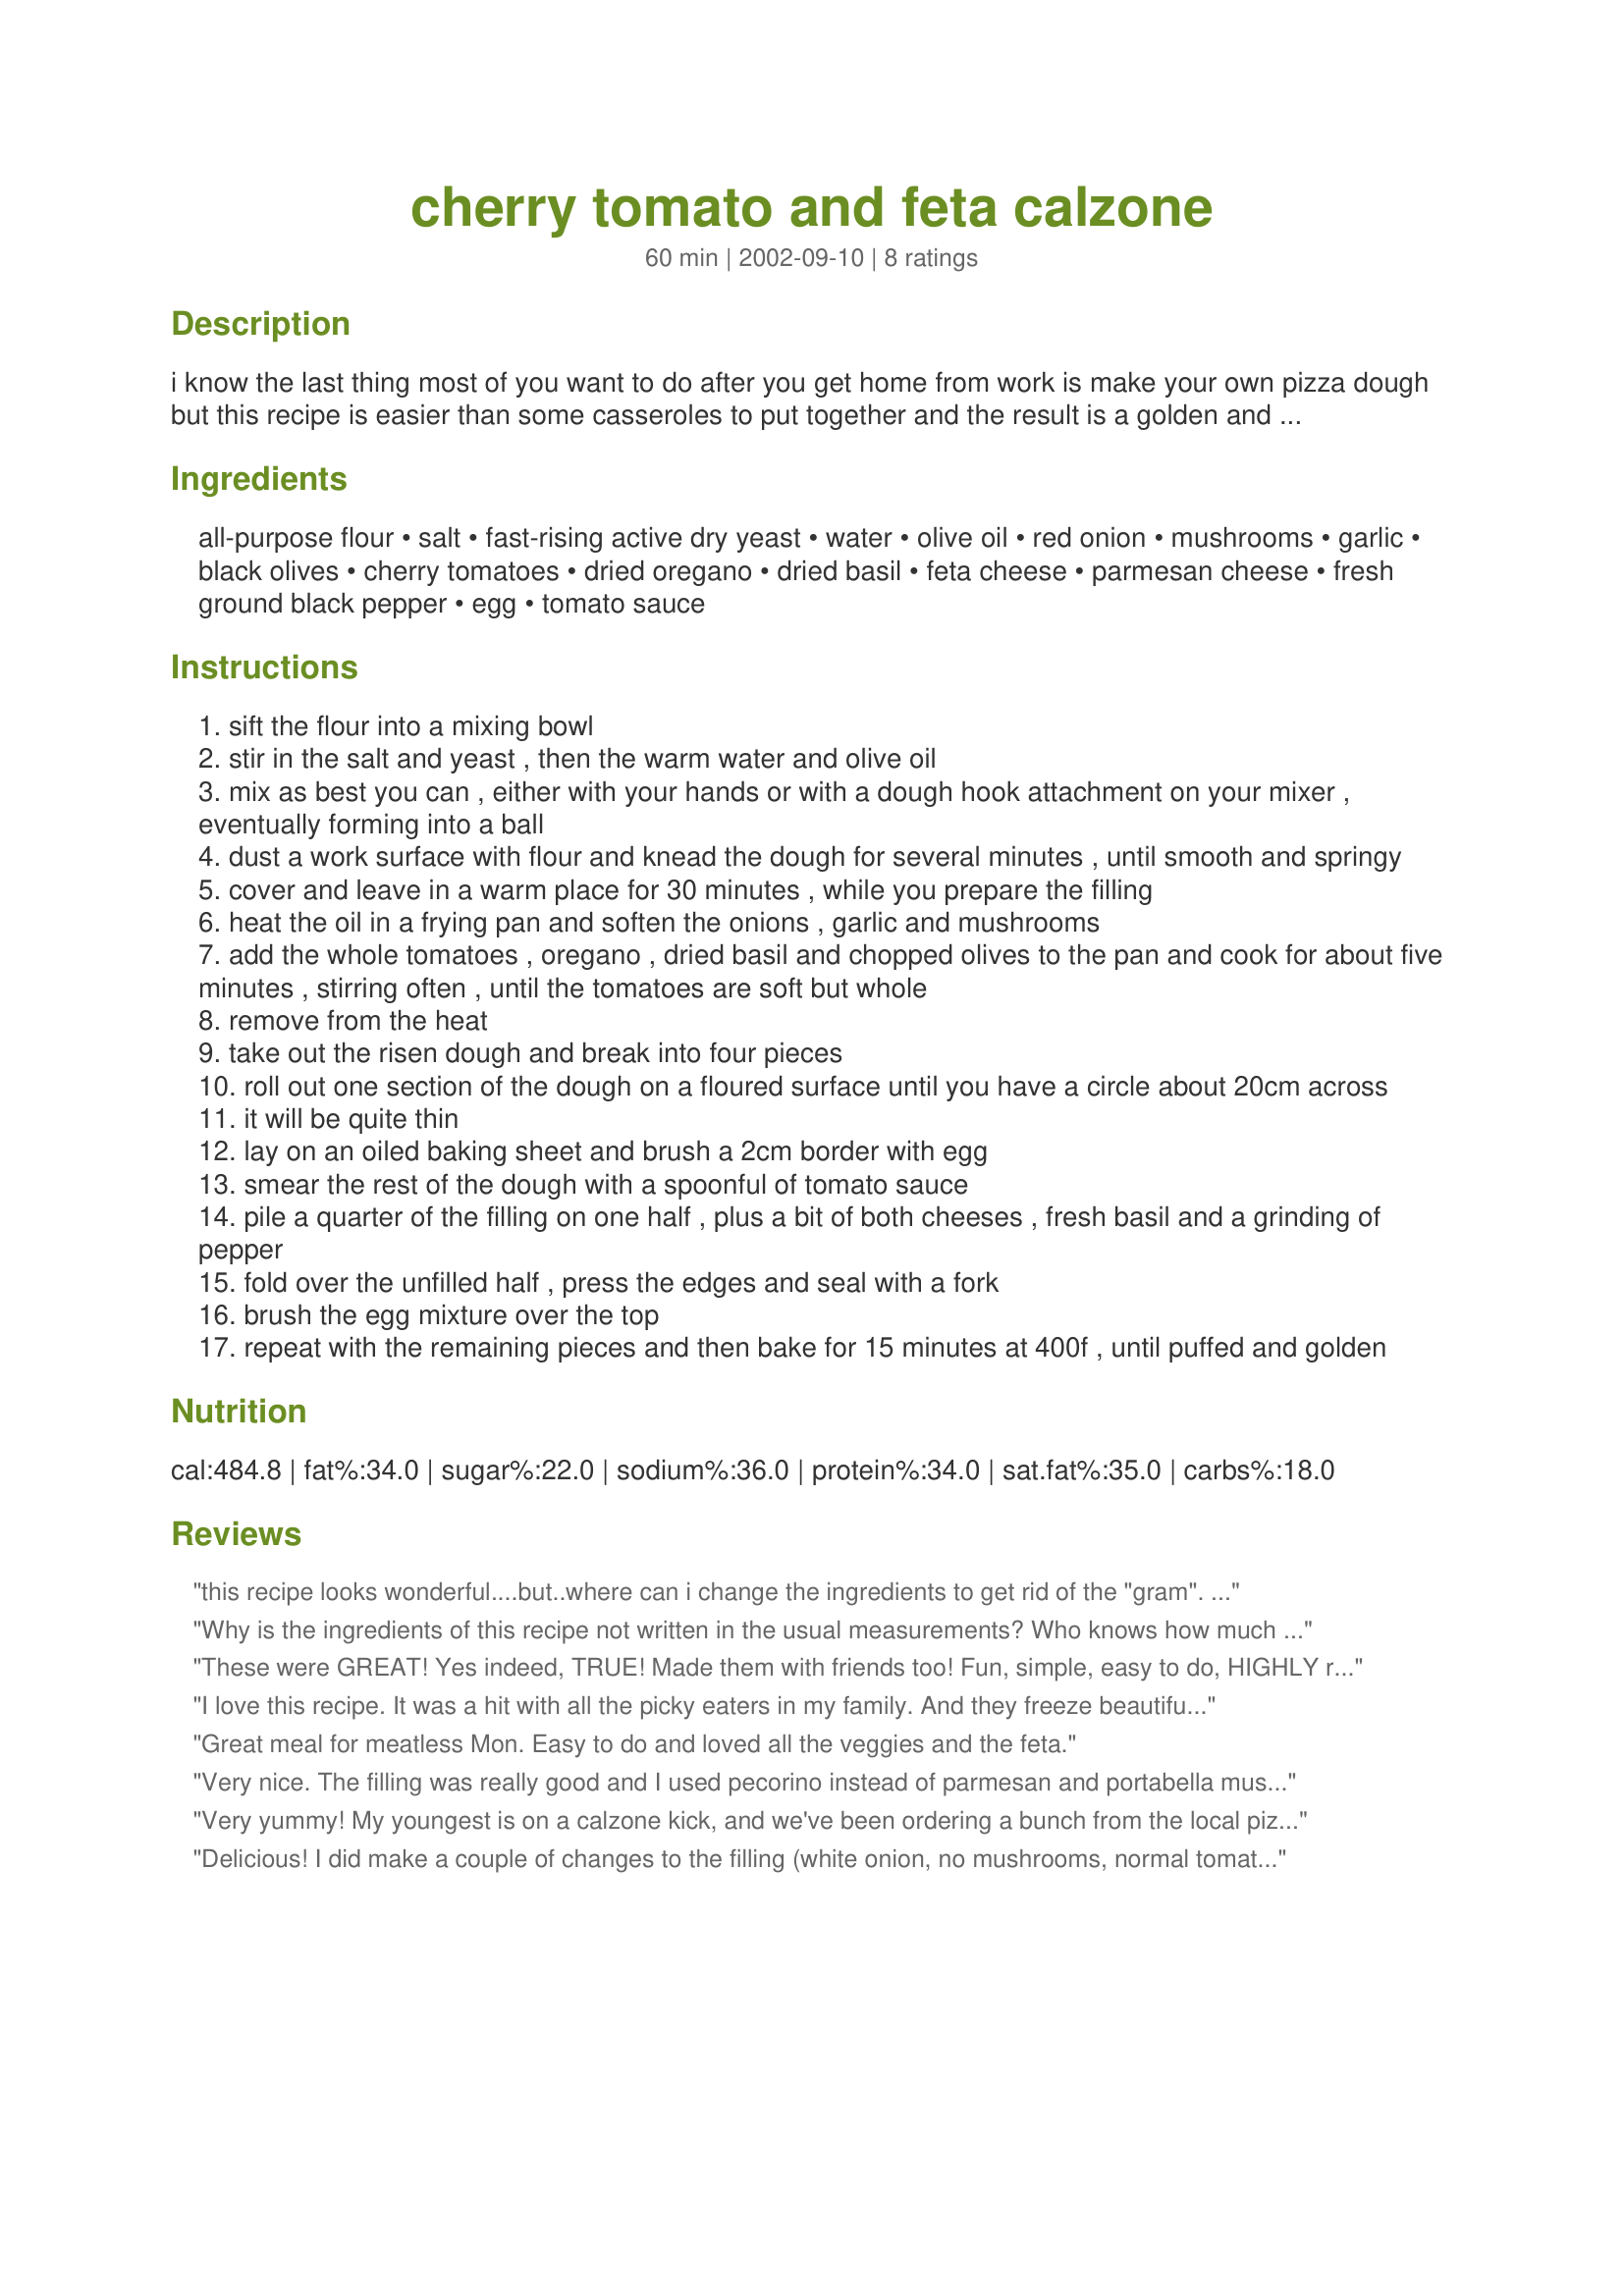
cherry tomato and feta calzone
Preparation time: 60 minutes

i know the last thing most of you want to do after you get home from work is make your own pizza dough but this recipe is easier than some casseroles to put together and the result is a golden and light filled pizza that looks and tastes wonderful. if you're not crazy over feta cheese, you can substitute mozzarella.

Ingredients:
all-purpose flour, salt, fast-rising active dry yeast, water, olive oil, red onion, mushrooms, garlic, black olives, cherry tomatoes, dried oregano, dried basil, feta cheese, parmesan cheese, fresh ground black pepper, egg, tomato sauce

Steps:
sift the flour into a mixing bowl
stir in the salt and yeast , then the warm water and olive oil
mix as best you can , either with your hands or with a dough hook attachment on your mixer , eventually forming into a ball
dust a work surface with flour and knead the dough for several minutes , until smooth and springy
cover and leave in a warm place for 30 minutes , while you prepare the filling
heat the oil in a frying pan and soften the onions , garlic and mushrooms
add the whole tomatoes , oregano , dried basil and chopped olives to the pan and cook for about five minutes , stirring often , until the tomatoes are soft but whole
remove from the heat
take out the risen dough and break into four pieces
roll out one section of the dough on a floured surface until you have a circle about 20cm across
it will be quite thin
lay on an oiled baking sheet and brush a 2cm border with egg
smear the rest of the dough with a spoonful of tomato sauce
pile a quarter of the filling on one half , plus a bit of both cheeses , fresh basil and a grinding of pepper
fold over the unfilled half , press the edges and seal with a fork
brush the egg mixture over the top
repeat with the remaining pieces and then bake for 15 minutes at 400f , until puffed and golden

Reviews:
this recipe looks wonderful....but..where can i change the ingredients to get rid of the "gram". You had this feature on the old site...??
Why is the ingredients of this recipe not written in the usual measurements? Who knows how much 225g of flour is, or 7g of yeast, 150ml of water, or 25ml of olive oil?
These were GREAT! Yes indeed, TRUE!
Made them with friends too!
Fun, simple, easy to do,
HIGHLY recommended from me to YOU!
I love this recipe. It was a hit with all the picky eaters in my family. And they freeze beautifully.

For those people who need the conversion, by the prep time by the title, there is a link that says "Change Servings" when you click it, there will be the option to change it to US from Metric.
Great meal for meatless Mon. Easy to do and loved all the veggies and the feta.
Very nice. The filling was really good and I used pecorino instead of parmesan and portabella mushrooms. The crust was crispy while hot but it was soggy when cold. Maybe I will try this again with another crust...
Very yummy! My youngest is on a calzone kick, and we've been ordering a bunch from the local pizzaria, freezing them and defrosting one each time she gets a craving (about twice a day). I decided it's time to take matters into my own hands and make up a bunch at home. The dough is very easy to make, and the directions for actually constructing the calzone are easy to follow. We did get a little spillage, but that's my fault, we like a full calzone. I made several variations, including my daughter's favorite, mozzarella chesse with green olives. I'm going to be making this a lot in the future. I made a quadruple recipe two days ago, and it's all gone already! Thanks Friedel, and Adiya says thanks, too!
Delicious! I did make a couple of changes to the filling (white onion, no mushrooms, normal tomatoes) but I'm sure it would have tasted good the way its meant to be. I love the melted feta and parmesan in it.Thanks!
